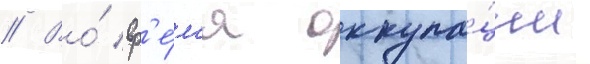
// Во́ вр'е́м'я оккупа́ции